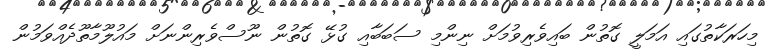
މިހަރަކާތުގައި އަމަލީ ގޮތުން ބައިވެރިވުމަށް ނިންމި ސަބަބާއި ގުޅޭ ގޮތުން ނޫސްވެރިންނަށް މައުލޫމާތޫދެއްވަމުން